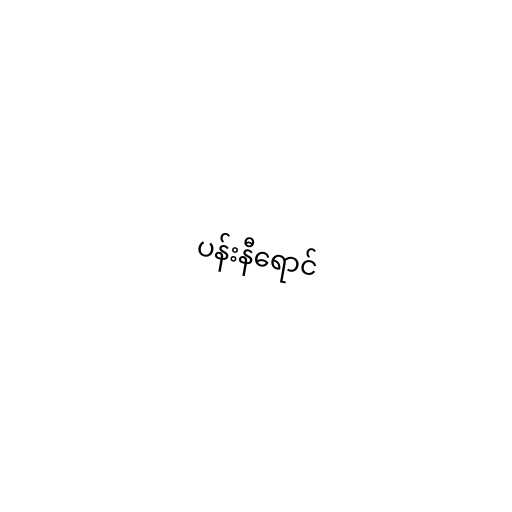
ပန်းနီရောင်